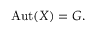
{ \mathrm { A u t } } ( X ) = G .